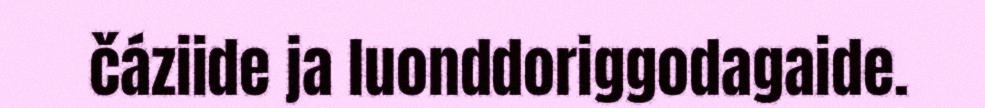
čáziide ja luonddoriggodagaide.